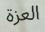
العزة